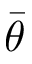
\bar { \theta }